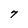
Character: 7